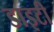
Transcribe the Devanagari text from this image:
डाइटी